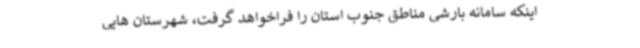
اینکه سامانه بارشی مناطق جنوب استان را فراخواهد گرفت، شهرستان هایی